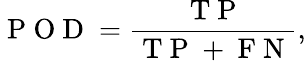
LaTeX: \mathrm{~P~O~D~}=\frac{\mathrm{~T~P~}}{\mathrm{~T~P~+~F~N~}},